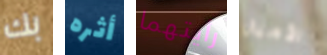
بك أثره رأيتهما الأميال